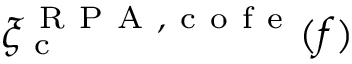
\xi _ { \mathrm { ~ c ~ } } ^ { \mathrm { ~ R ~ P ~ A ~ } , \mathrm { ~ c ~ o ~ f ~ e ~ } } ( f )